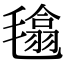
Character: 𣯾